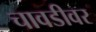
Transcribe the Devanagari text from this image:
चावडीवर